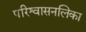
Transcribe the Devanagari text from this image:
परिश्वासनलिका